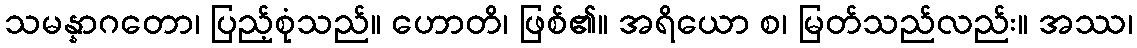
သမန္နာဂတော၊ ပြည့်စုံသည်။ ဟောတိ၊ ဖြစ်၏။ အရိယော စ၊ မြတ်သည်လည်း။ အဿ၊